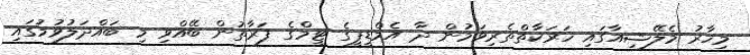
މިހާރު މެލޭޝިއާގައި ހަރަކާތްތެރިވަމުން ދާ އެމްޑީޕީގެ ޓީމްގެ ފަރާތުން ބޭއްވި މި ބައްދަލުވުމުގައި